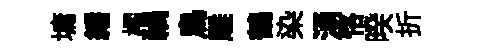
墉繙櫂禍鳥雕鶴染湧恪暌折